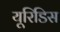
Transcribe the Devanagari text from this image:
यूरिडिस